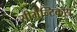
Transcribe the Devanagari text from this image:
सीमैन्टिकस